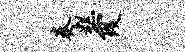
奏糕霞